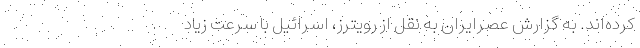
کرده‌اند. به گزارش عصرایران به نقل از رویترز، اسرائیل با سرعت زیاد